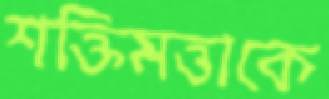
শক্তিমত্তাকে